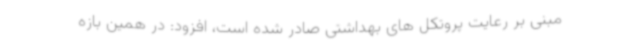
مبنی بر رعایت پروتکل های بهداشتی صادر شده است، افزود: در همین بازه